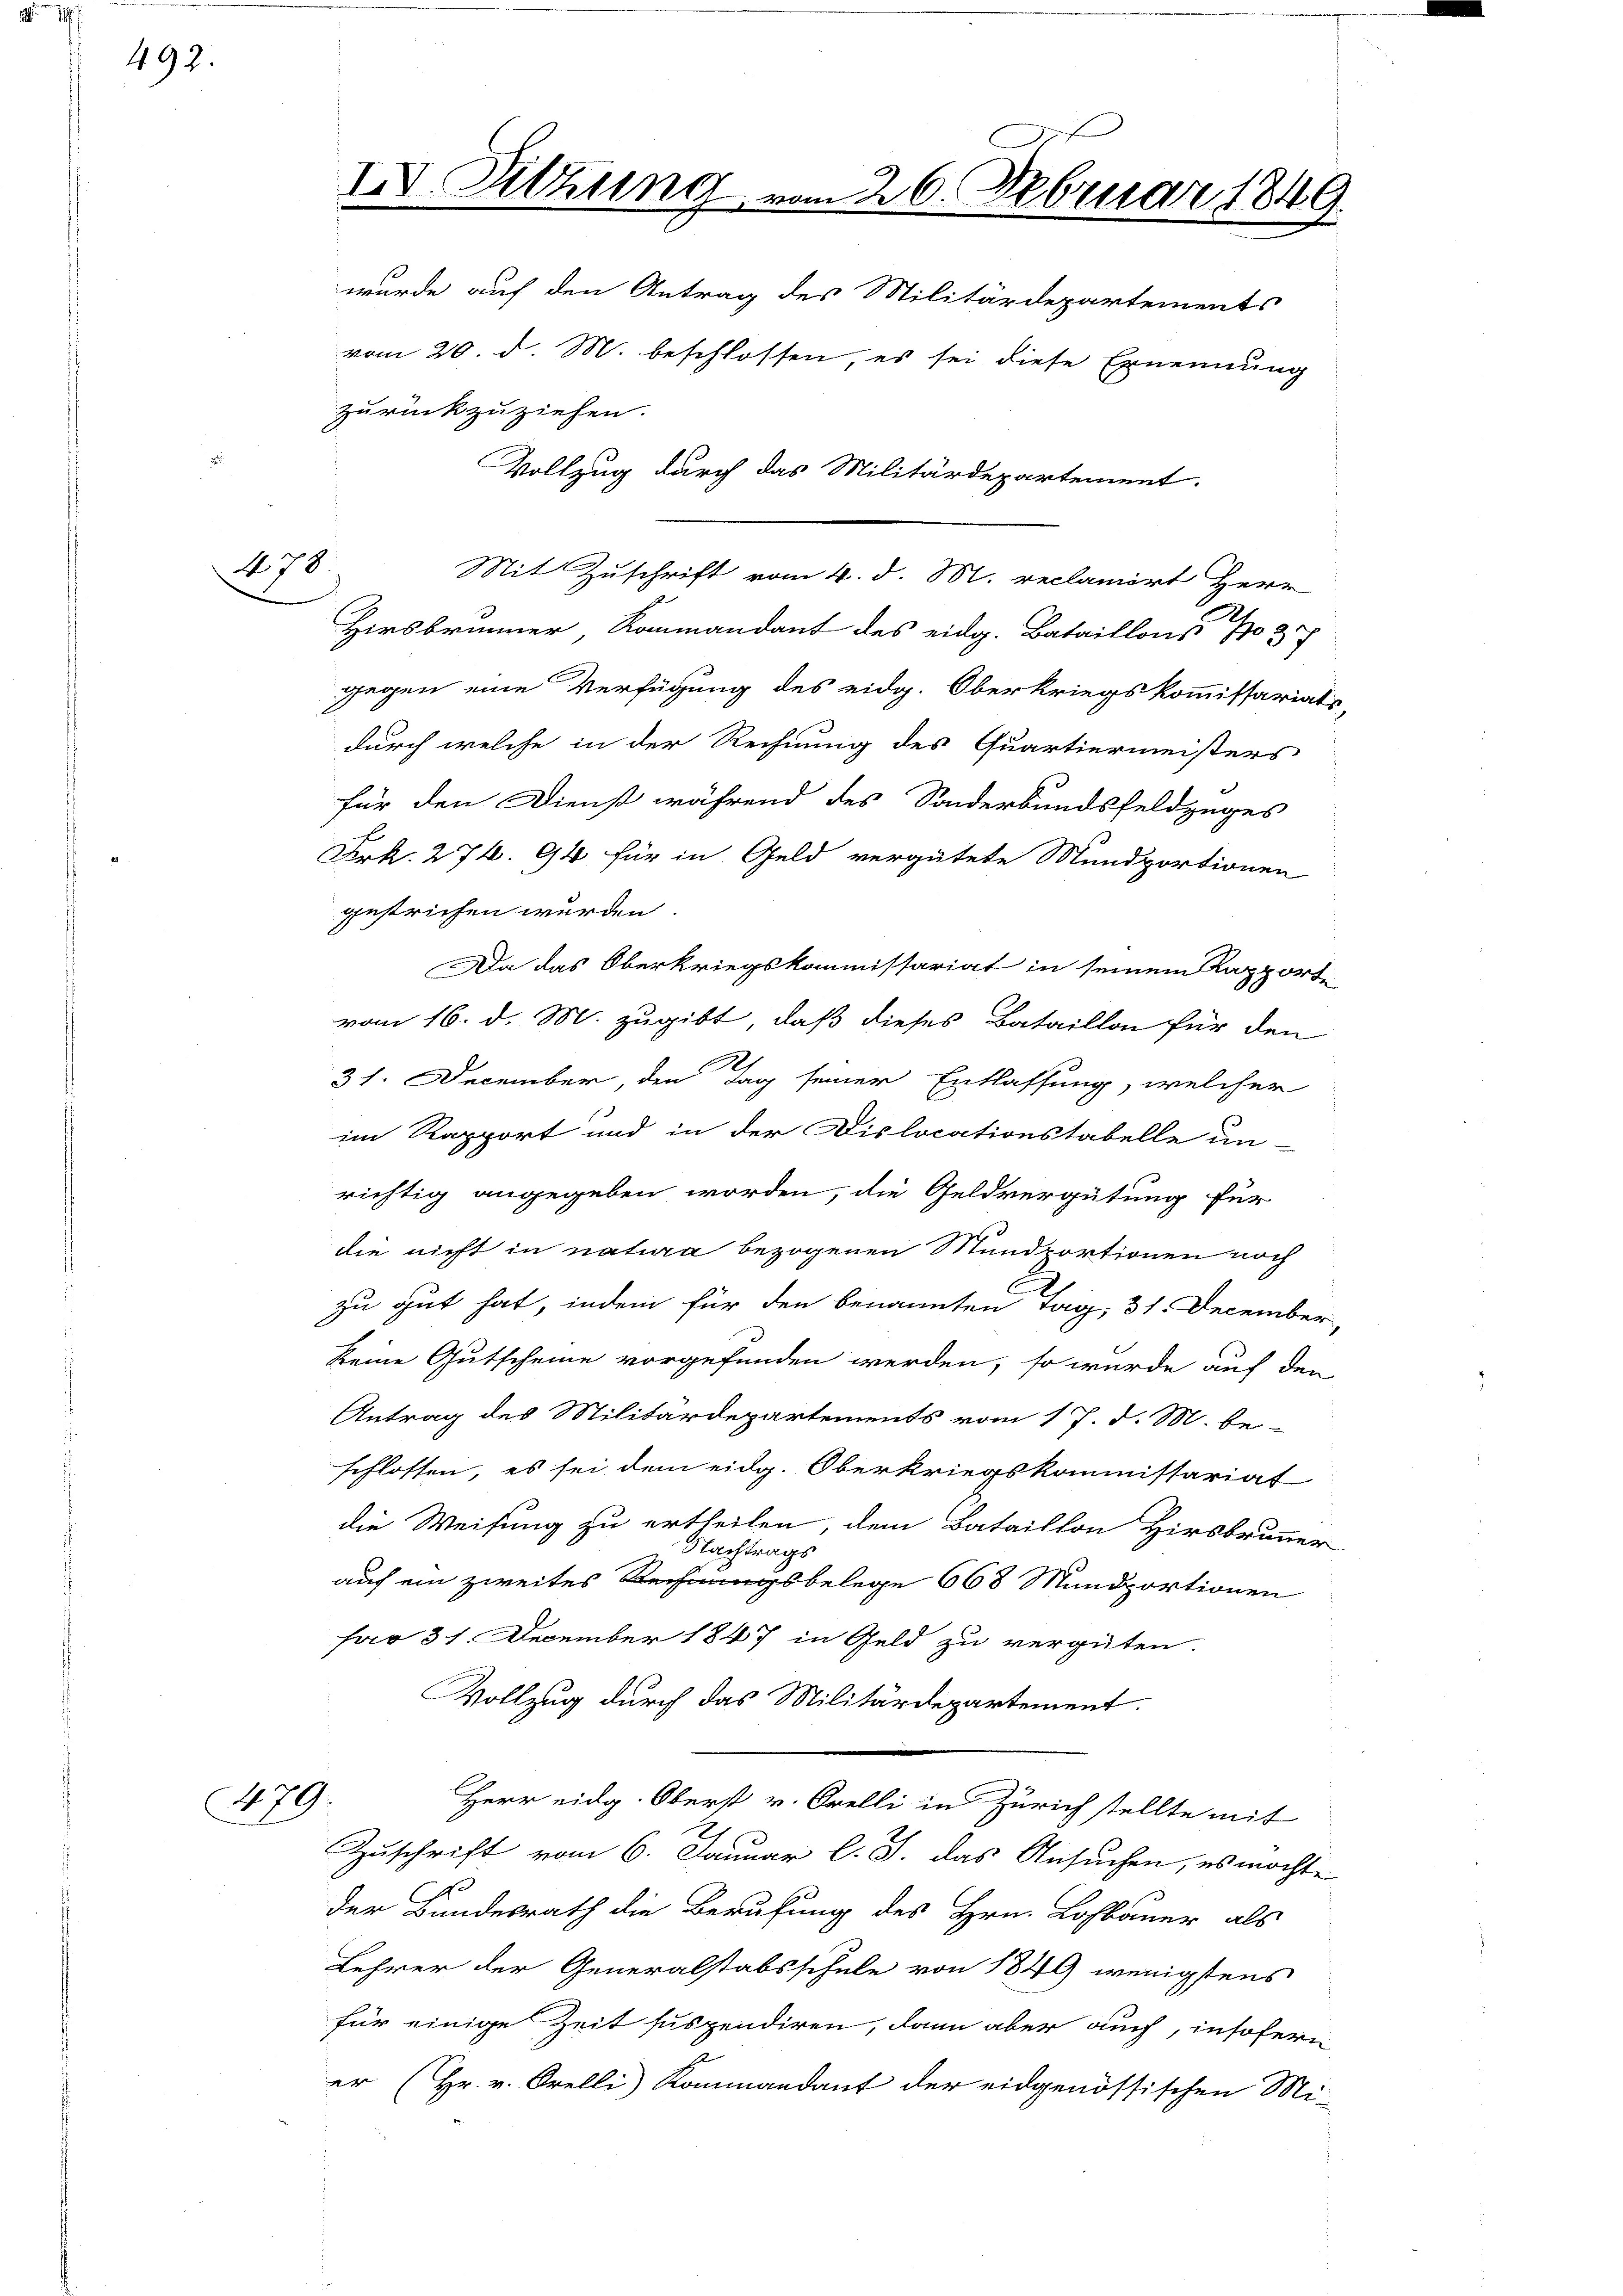
492.

470.

479.

IV. Sitzung vom 26. Februar 1849.
wurde auf den Antrag des Militärdepartements
vom 20. d. M. beschlossen, es sei diese Ernennung
zurückzuziehen.
Vollzug durch das Militärdepartement.

Mit Zuschrift vom 4. d. M. reclamirt Herr
Hirsbrunner Kommandant des eidg. Bataillons No 37
gegen eine Verfügung des eidg. Oberkriegskommissariats
durch welche in der Rechnung des Quartiermeisters
für den Dienst während des Sonderbundsfeldzuges
Frk. 274. 94 für in Geld vergütete Mundportionen
gestrichen wurden.
Da das Oberkriegskommissariat in seinem Rapport-
vom 16. d. M. zugibt, daß dieses Bataillon für den
31. December, den Tag seiner Entlassung, welcher
im Rapport und in der Dislocationstabelle un-
richtig angegeben worden, die Geldvergütung für
die nicht in natura bezogenen Mundportionen noch
zu gut hat, indem für den benannten Tag, 31. December
keine Gutscheine vorgefunden werden, so wurde auf den
Antrag des Militärdepartements vom 17. d. M. be-
schlossen, es sei dem eidg. Oberkriegskommissariat
die Weisung zu ertheilen, dem Bataillon Hirsbrunner
Nachtrags
auf ein zweites Rechnungsbelege 668 Mundportionen
fro 31. December 1847 in Geld zu vergüten.
Vollzug durch das Militärdepartement.
Herr eidg. Oberst v. Orelli in Zürich stellte mit
E
Zuschrift vom 6. Januar l. J. das Ansuchen, es möchte
der Bundesrath die Berufung des Hrn. Lohbauer als
Lehrer der Generalstabsschule von 1849 wenigstens
für einige Zeit suspendiren, dann aber auch, insofern
er (Hr. v. Orelli Kommandant der eidgenössischen Mi-